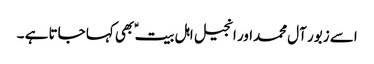
اسے زبور آل محمداور انجیل اہل بیت ؑ بھی کہا جاتا ہے ۔